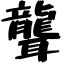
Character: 聾